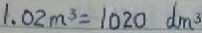
1 . 0 2 m ^ { 3 } = 1 0 2 0 d m ^ { 3 }